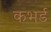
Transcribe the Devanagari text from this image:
कभर्ड